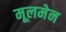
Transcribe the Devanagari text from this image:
मूलमेन